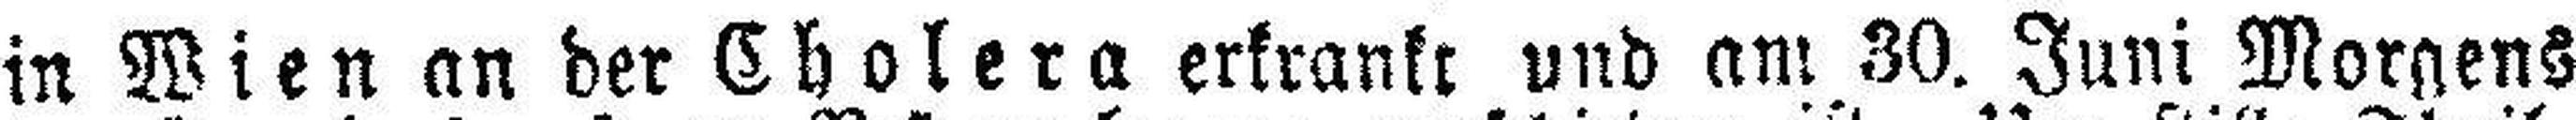
in Wien an der Cholera erkrankt und am 30. Juni Morgens